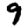
Digit: 9